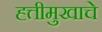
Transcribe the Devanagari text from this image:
ह्त्तीमुखाचे